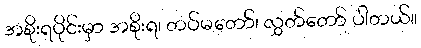
အစိုးရပိုင်းမှာ အစိုးရ၊ တပ်မတော်၊ လွှတ်တော် ပါတယ်။